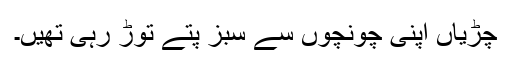
چڑیاں اپنی چونچوں سے سبز پتے توڑ رہی تھیں۔